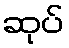
ဆုပ်